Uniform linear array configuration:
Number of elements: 4
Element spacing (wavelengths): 0.25
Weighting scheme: hann
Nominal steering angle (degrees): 15
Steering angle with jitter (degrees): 13.302
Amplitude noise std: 0.05
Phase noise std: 0.05

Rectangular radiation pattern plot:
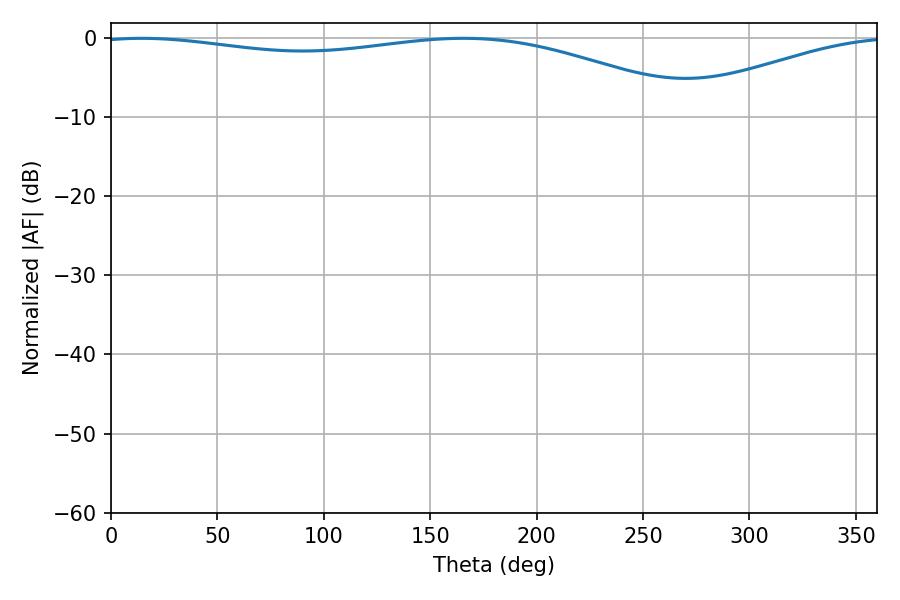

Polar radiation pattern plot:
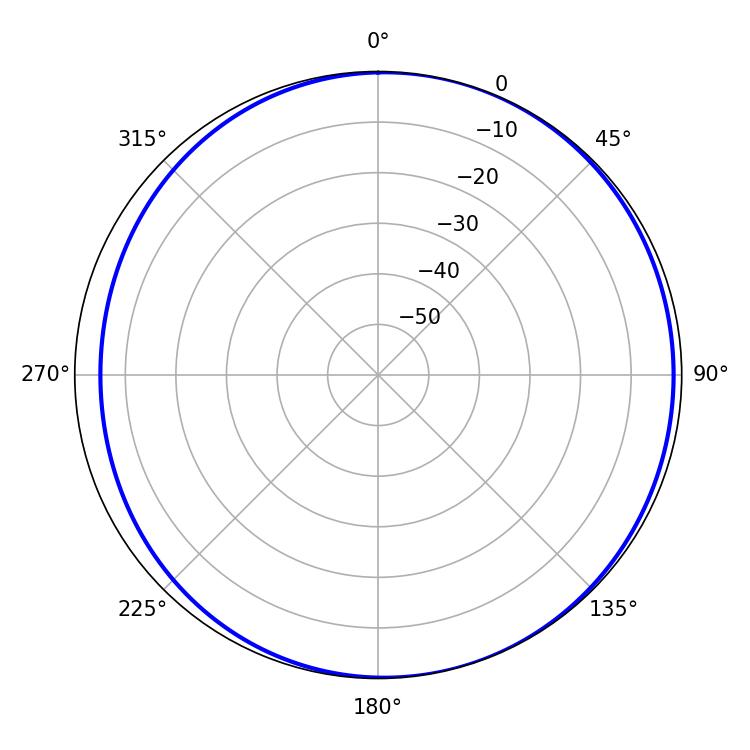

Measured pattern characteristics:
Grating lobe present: FALSE
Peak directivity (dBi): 4.713
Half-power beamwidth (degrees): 228.78
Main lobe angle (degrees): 14.4